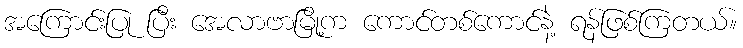
အကြောင်းပြု ပြီး အေလာဗာမြို့က ကောင်တစ်ကောင်နဲ့ ရန်ဖြစ်ကြတယ်။